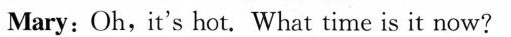
Mary: Oh, it's hot. What time is it now?